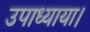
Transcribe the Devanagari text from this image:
उपाध्याया।